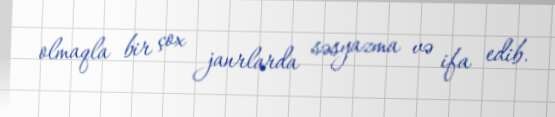
olmaqla bir çox janrlarda səsyazma və ifa edib.